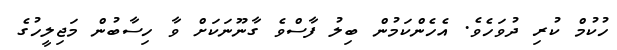
ހުކުމް ކުރި ދުވަހެވެ. އެހެންކަމުން ބިލު ފާސްވެ ގާނޫނަކަށް ވާ ހިސާބުން މަޖިލީހުގެ